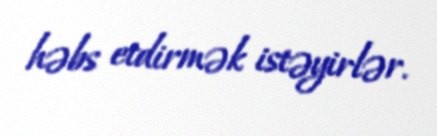
həbs etdirmək istəyirlər.